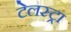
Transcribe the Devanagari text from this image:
टेलस्ट्रा